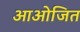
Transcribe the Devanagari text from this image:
आओजित